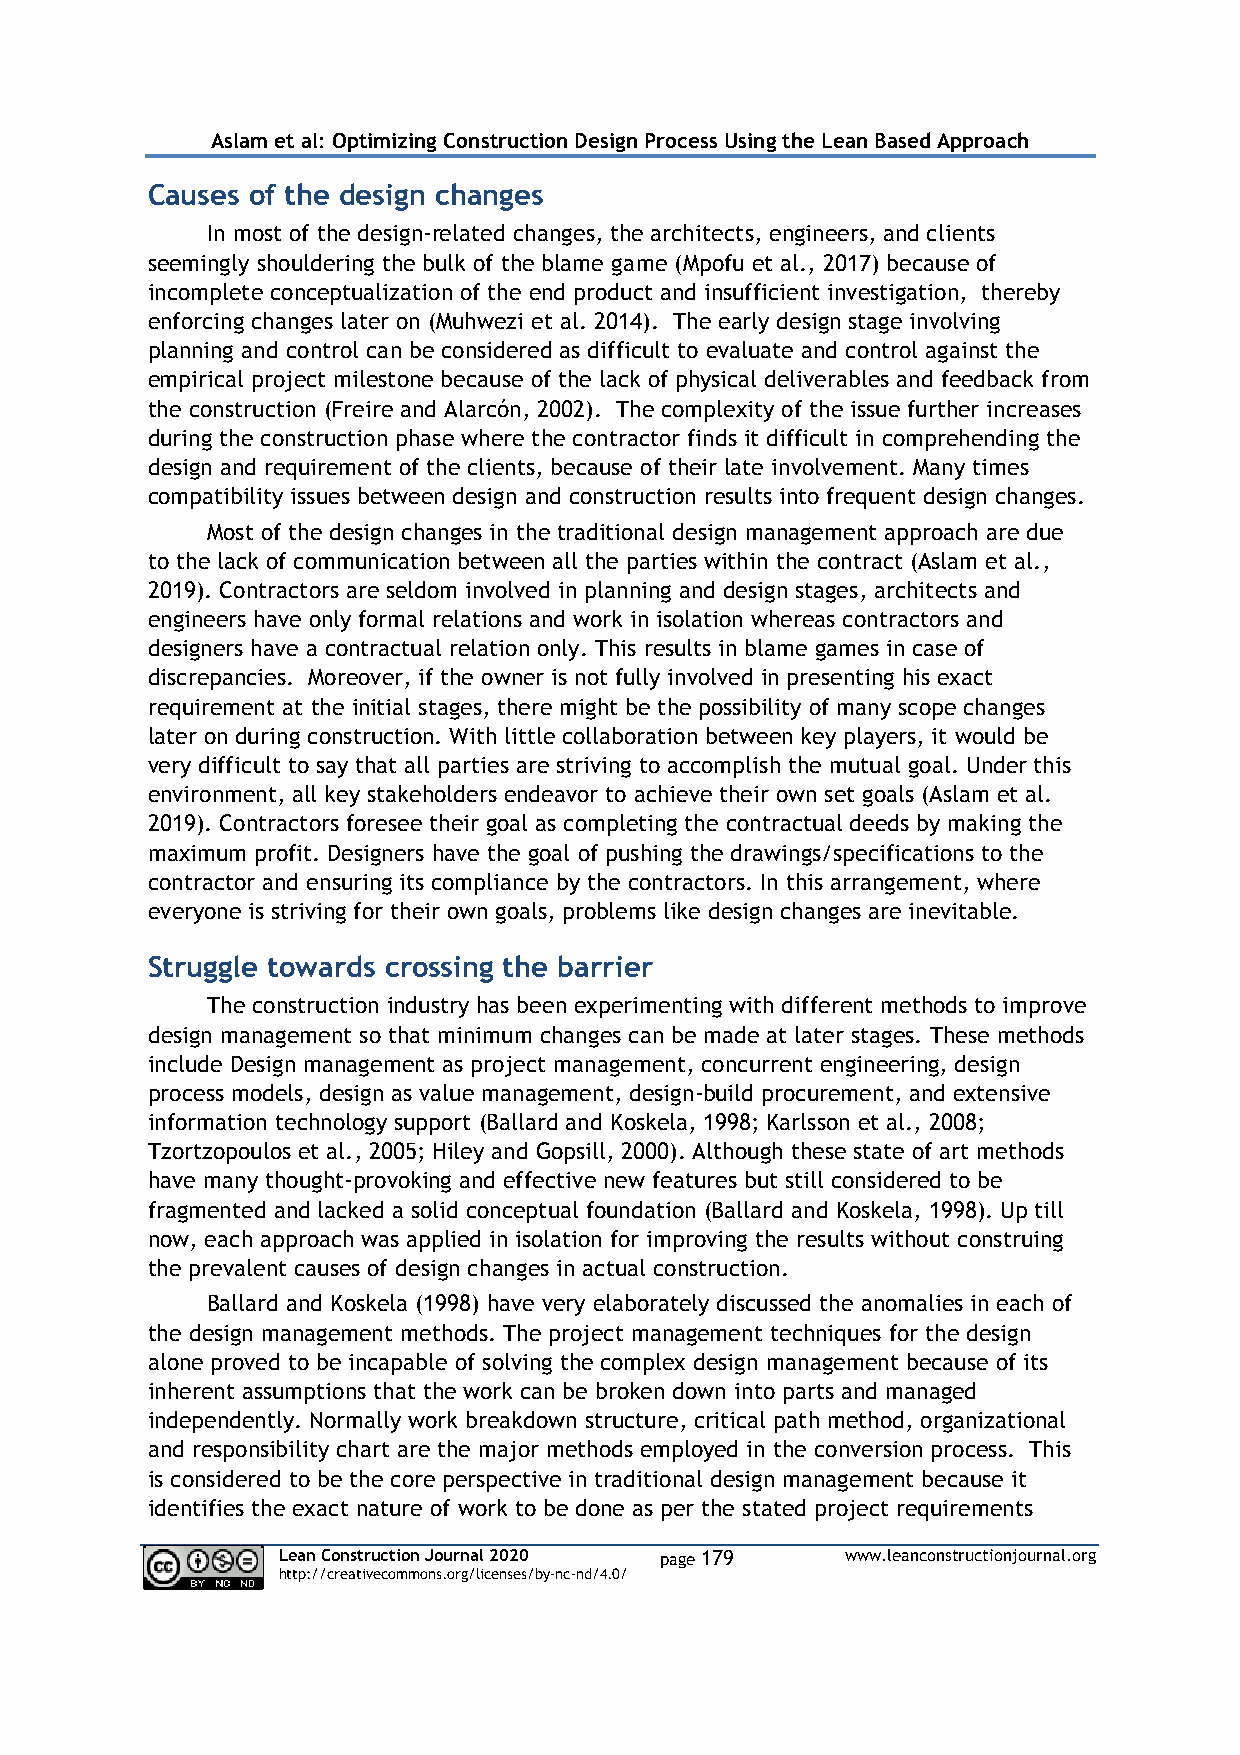
Aslam et al: Optimizing Construction Design Process Using the Lean Based Approach
 Causes of the design changes
 In most of the design-related changes, the architects, engineers, and clients
 seemingly shouldering the bulk of the blame game (Mpofu et al., 2017) because of
 incomplete conceptualization of the end product and insufficient investigation, thereby
 enforcing changes later on (Muhwezi et al. 2014). The early design stage involving
 planning and control can be considered as difficult to evaluate and control against the
 empirical project milestone because of the lack of physical deliverables and feedback from
 the construction (Freire and Alarcón, 2002). The complexity of the issue further increases
 during the construction phase where the contractor finds it difficult in comprehending the
 design and requirement of the clients, because of their late involvement. Many times
 compatibility issues between design and construction results into frequent design changes.
 Most of the design changes in the traditional design management approach are due
 to the lack of communication between all the parties within the contract (Aslam et al.,
 2019). Contractors are seldom involved in planning and design stages, architects and
 engineers have only formal relations and work in isolation whereas contractors and
 designers have a contractual relation only. This results in blame games in case of
 discrepancies. Moreover, if the owner is not fully involved in presenting his exact
 requirement at the initial stages, there might be the possibility of many scope changes
 later on during construction. With little collaboration between key players, it would be
 very difficult to say that all parties are striving to accomplish the mutual goal. Under this
 environment, all key stakeholders endeavor to achieve their own set goals (Aslam et al.
 2019). Contractors foresee their goal as completing the contractual deeds by making the
 maximum profit. Designers have the goal of pushing the drawings/specifications to the
 contractor and ensuring its compliance by the contractors. In this arrangement, where
 everyone is striving for their own goals, problems like design changes are inevitable.
 Struggle towards crossing the barrier
 The construction industry has been experimenting with different methods to improve
 design management so that minimum changes can be made at later stages. These methods
 include Design management as project management, concurrent engineering, design
 process models, design as value management, design-build procurement, and extensive
 information technology support (Ballard and Koskela, 1998; Karlsson et al., 2008;
 Tzortzopoulos et al., 2005; Hiley and Gopsill, 2000). Although these state of art methods
 have many thought-provoking and effective new features but still considered to be
 fragmented and lacked a solid conceptual foundation (Ballard and Koskela, 1998). Up till
 now, each approach was applied in isolation for improving the results without construing
 the prevalent causes of design changes in actual construction.
 Ballard and Koskela (1998) have very elaborately discussed the anomalies in each of
 the design management methods. The project management techniques for the design
 alone proved to be incapable of solving the complex design management because of its
 inherent assumptions that the work can be broken down into parts and managed
 independently. Normally work breakdown structure, critical path method, organizational
 and responsibility chart are the major methods employed in the conversion process. This
 is considered to be the core perspective in traditional design management because it
 identifies the exact nature of work to be done as per the stated project requirements
 Lean Construction Journal 2020 page 179 www.leanconstructionjournal.org
 http://creativecommons.org/licenses/by-nc-nd/4.0/